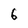
Character: 6